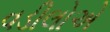
વડીલોએ